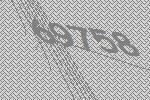
69758